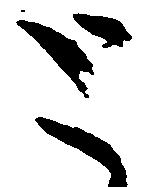
と